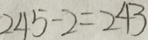
2 4 5 - 2 = 2 4 3